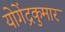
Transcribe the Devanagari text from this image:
योगेंद्रकुमार